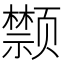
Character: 𩖗